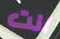
انت